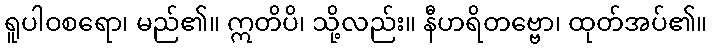
ရူပါဝစရော၊ မည်၏။ ဣတိပိ၊ သို့လည်း။ နီဟရိတဗ္ဗော၊ ထုတ်အပ်၏။